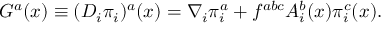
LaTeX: G ^ { a } ( x ) \equiv ( D _ { i } \pi _ { i } ) ^ { a } ( x ) = \nabla _ { i } \pi _ { i } ^ { a } + f ^ { a b c } A _ { i } ^ { b } ( x ) \pi _ { i } ^ { c } ( x ) .